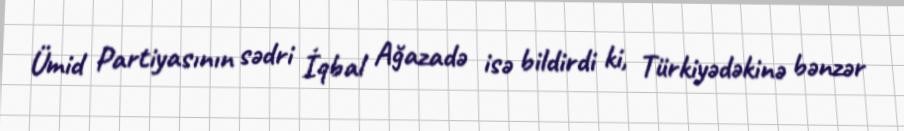
Ümid Partiyasının sədri İqbal Ağazadə isə bildirdi ki, Türkiyədəkinə bənzər